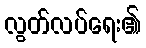
လွတ်လပ်ရေး၏